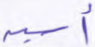
أسية